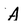
Character: A